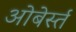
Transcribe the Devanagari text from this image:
ओबेर्स्त